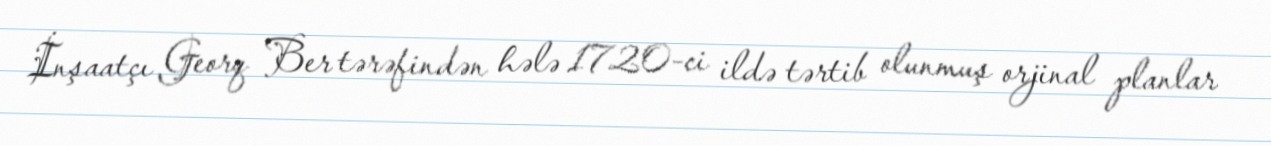
İnşaatçı Georq Ber tərəfindən hələ 1720-ci ildə tərtib olunmuş orjinal planlar